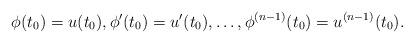
LaTeX: \begin{align*}\phi(t_0) = u(t_0), \phi'(t_0)= u'(t_0), \dots, \phi^{(n-1)}(t_0)= u^{(n-1)}(t_0).\end{align*}